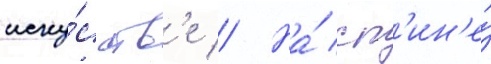
иску́сств'е // На́ сп'ин'е́